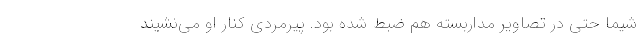
شیما حتی در تصاویر مداربسته هم ضبط شده بود. پیرمردی کنار او می‌نشیند